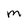
Character: m